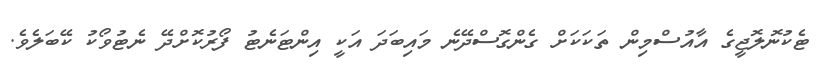
ޓެކުނޮލޮޖީގެ އާއުސްމިން ތަކަކަށް ގެންގޮސްދޭނެ މައިބަދަ އަކީ އިންޓަނެޓު ފޯރުކޮށްދޭ ނެޓުވޯކު ކޭބަލެވެ.